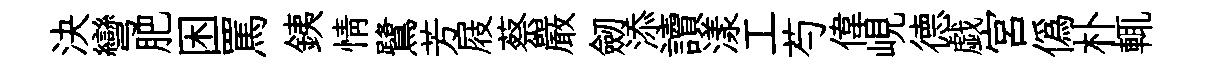
決彎肥困罵銕情鷺芳屐蔡嚴劒添讀漾工芍偉峴德戯宮僞朴輒